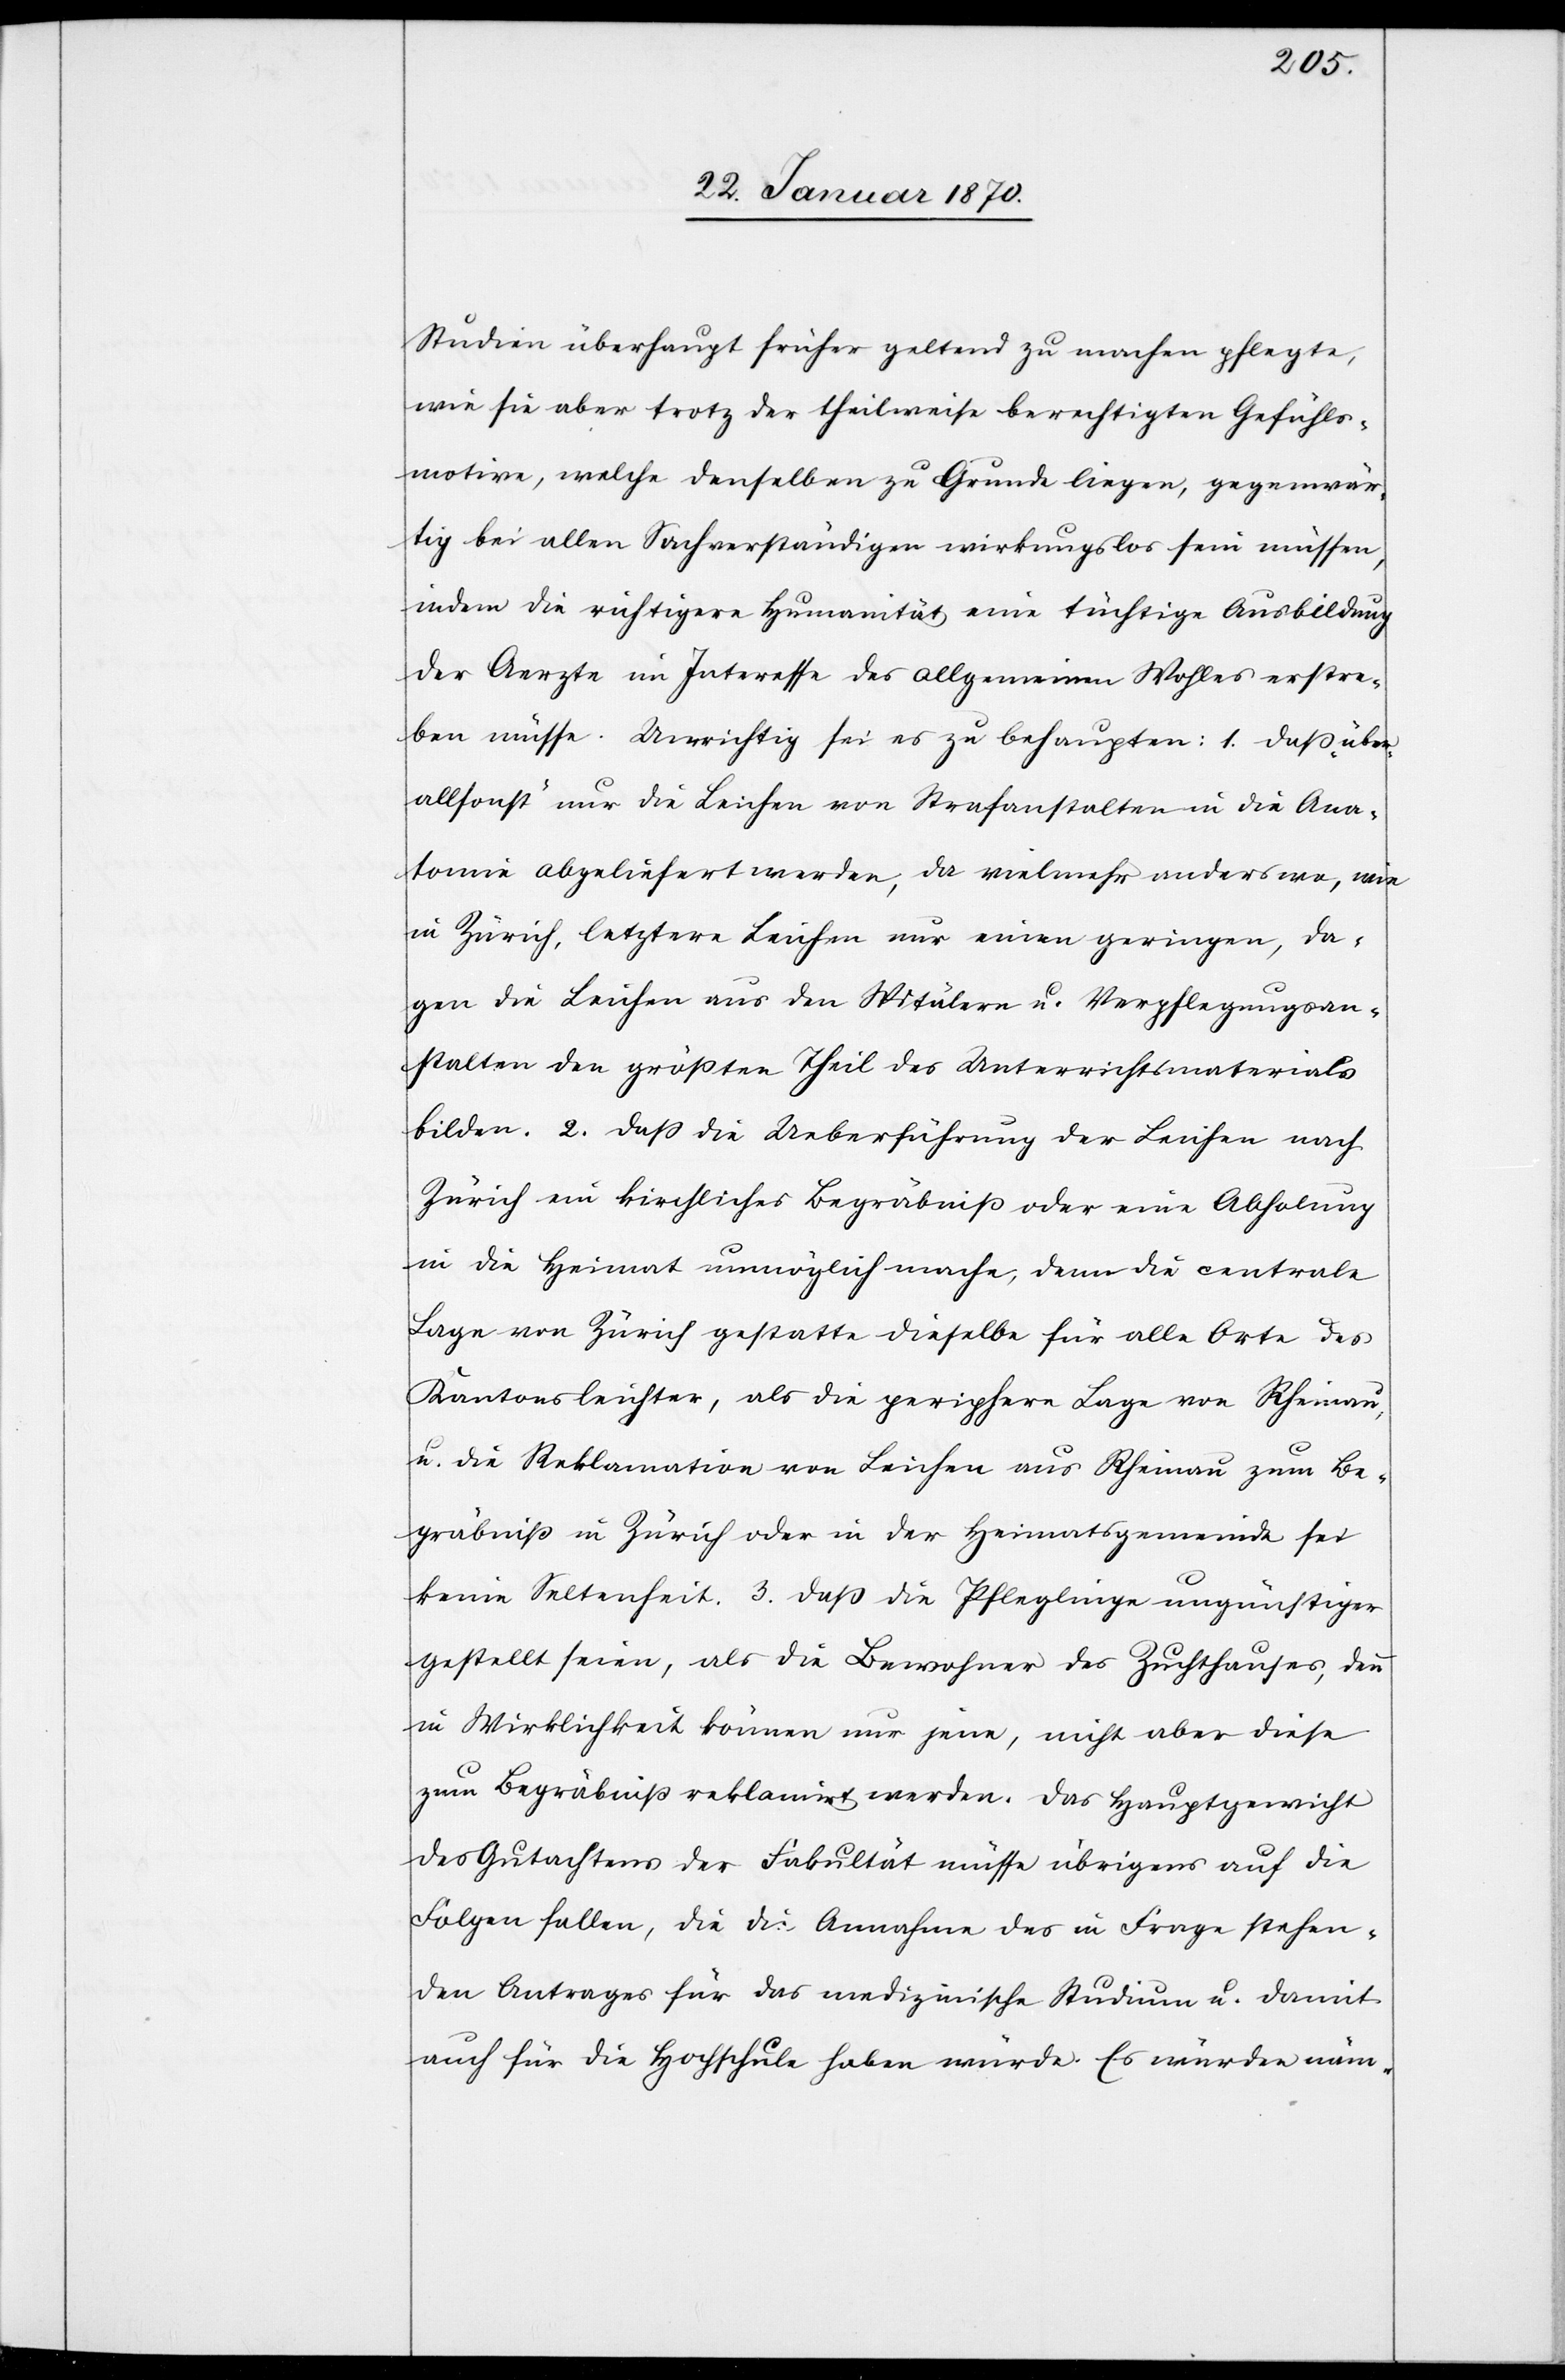
Studien überhaupt früher geltend zu machen pflegte,
wie sie aber trotz der theilweise berechtigten Gefühls¬
motive, welche denselben zu Grunde liegen, gegenwär¬
tig bei allen Sachverständigen wirkungslos sein müssen,
indem die richtigere Humanität eine tüchtige Ausbildung
der Aerzte in Interesse des allgemeinen Wohles erstre¬
ben müsse. Unrichtig sei es zu behaupten: 1. Daß „über¬
allsonst“ nur die Leichen von Strafanstalten in die Ana¬
tomie abgeliefert werden, da vielmehr anderswo, wie
in Zürich, letztere Leichen nur einen geringen, da[g¬
e]gen die Leichen aus den Spitälern u. Verpflegungsan¬
stalten den größten Theil des Unterrichtsmaterials
bilden. 2. Daß die Ueberführung der Leichen nach
Zürich ein kirchliches Begräbniß oder eine Abholung
in die Heimat unmöglich mache, denn die centrale
Lage von Zürich gestatte dieselbe für alle Orte des
Kantons leichter, als die periphere Lage von Rheinau,
u. die Reklamation von Leichen aus Rheinau zum Be¬
gräbniß in Zürich oder in der Heimatsgemeinde sei
keine Seltenheit. 3. Daß die Pfleglinge ungünstiger
gestellt seien, als die Bewohner des Zuchthauses, denn
in Wirklichkeit können nur jene, nicht aber diese
zum Begräbniß reklamirt werden. Das Hauptgewicht
des Gutachtens der Fakultät müsse übrigens auf die
Folgen fallen, die die Annahme des in Frage stehen¬
den Antrages für das medizinische Studium u. damit
auch für die Hochschule haben würde. Es würden näm-